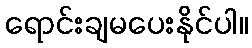
ရောင်းချမပေးနိုင်ပါ။